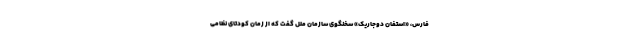
فارس، «استفان دوجاریک» سخنگوی سازمان ملل گفت که از زمان کودتای نظامی